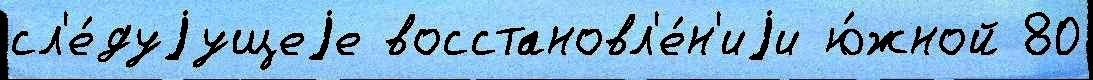
сл'е́дуjущеjе восстановл'е́н'иjи ю́жной 80